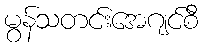
မွန်သတင်းအေဂျင်စီ